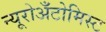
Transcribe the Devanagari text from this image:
न्यूरोअँटोमिस्ट